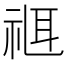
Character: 𥚅